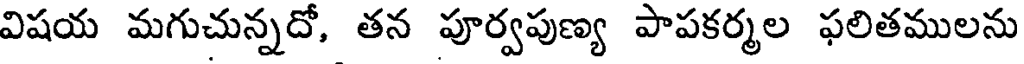
విషయ మగుచున్నదో, తన పూర్వపుణ్య పాపకర్మల ఫలితములను